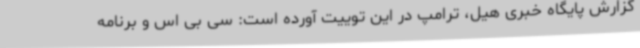
گزارش پایگاه خبری هیل، ترامپ در این توییت آورده است: سی بی اس و برنامه